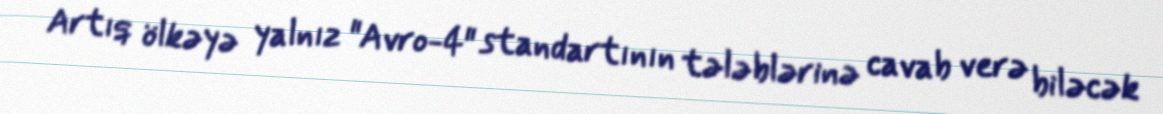
Artıq ölkəyə yalnız "Avro-4" standartının tələblərinə cavab verə biləcək